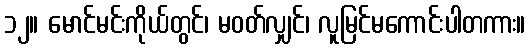
၁၂။ မောင်မင်းကိုယ်တွင်၊ မဝတ်လျှင်၊ လူမြင်မကောင်းပါတကား။